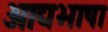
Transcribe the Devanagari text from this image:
आद्यभाषा